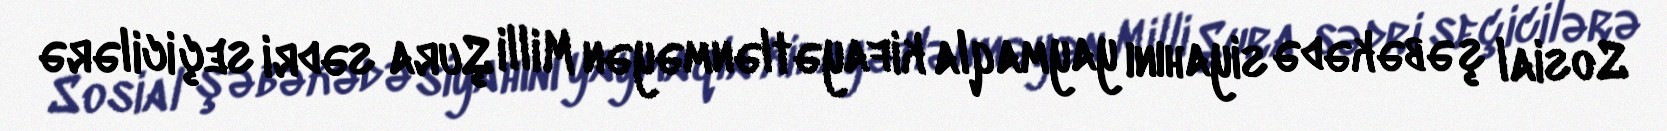
Sosial şəbəkədə siyahını yaymaqla kifayətlənməyən Milli Şura sədri seçicilərə